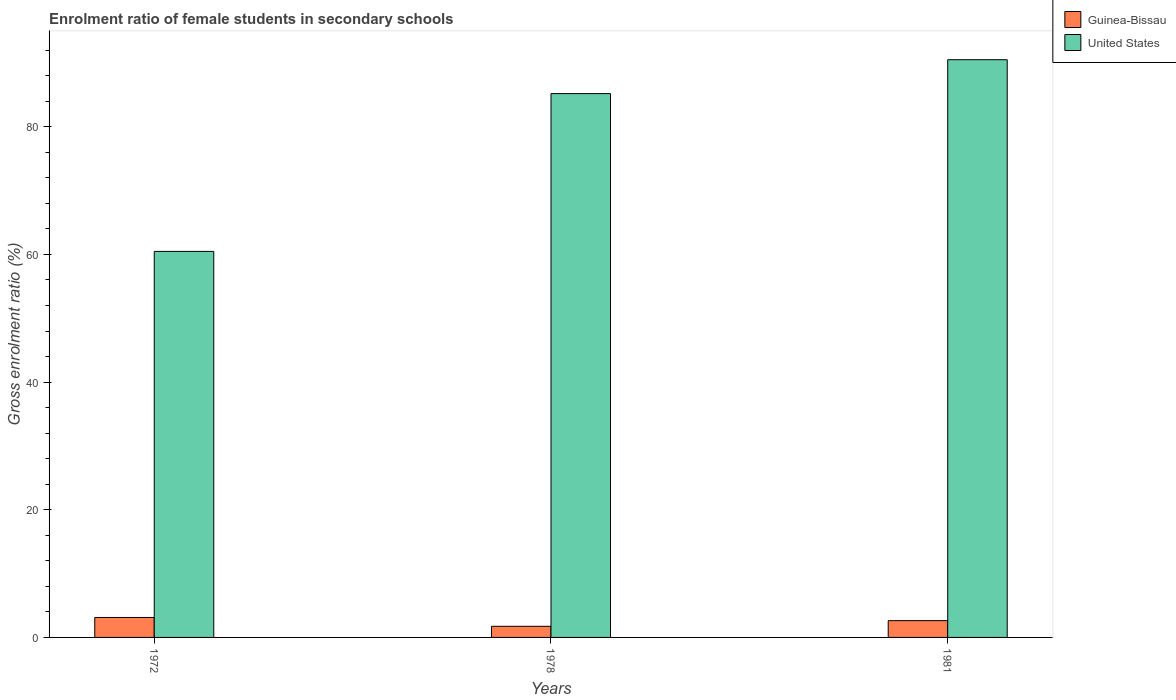
| Years | Guinea-Bissau | United States |
 | --- | --- | --- |
 | 1972 | 3.13 | 60.5 |
 | 1978 | 1.74 | 85.2 |
 | 1981 | 2.63 | 90.5 |